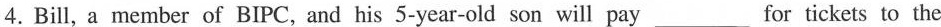
4 .Bill, a member of BIPC, and his 5-year-old son will pay ___ for tickets to the